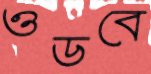
ওডবে